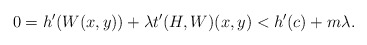
\begin{align*} 0 = h'(W(x,y)) + \lambda t'(H, W)(x,y) < h'(c) + m\lambda. \end{align*}